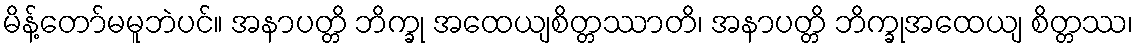
မိန့်တော်မမူဘဲပင်။ အနာပတ္တိ ဘိက္ခု အထေယျစိတ္တဿာတိ၊ အနာပတ္တိ ဘိက္ခုအထေယျ စိတ္တဿ၊